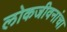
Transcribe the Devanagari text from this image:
लोकजीवनांचा